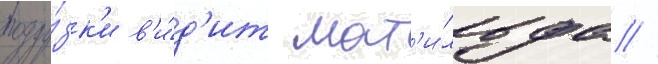
погру́зк'и в'и́д'ит мат'и́льда //